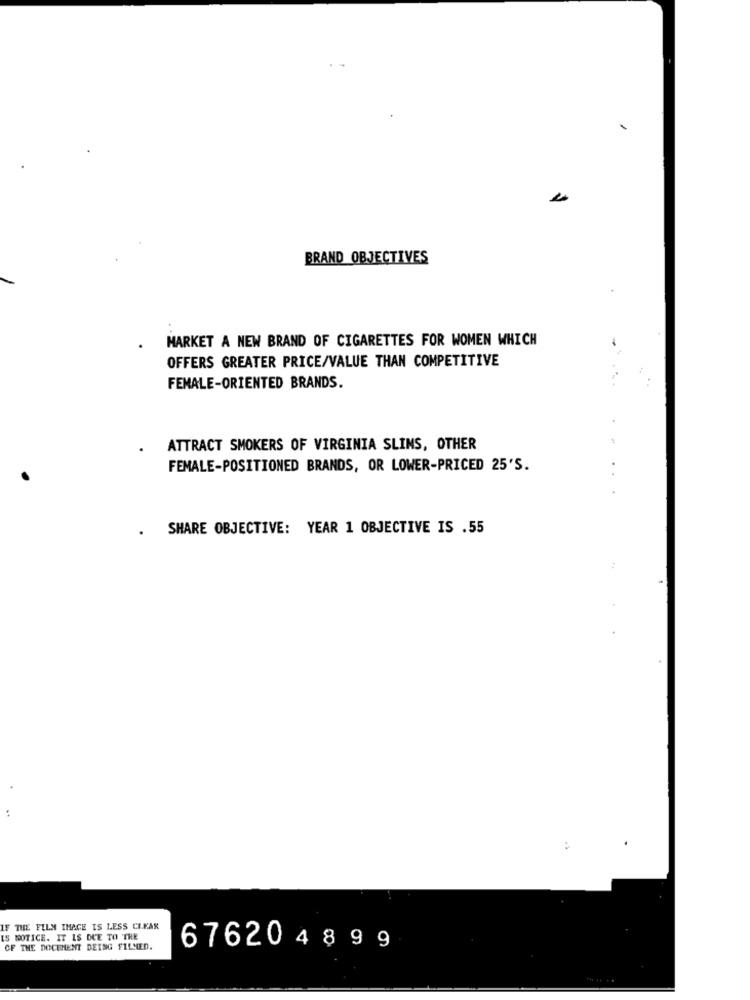
BRAND OBJECTIVES
MARKET A NEW BRAND OF CIGARETTES FOR WOMEN WHICH
OFFERS GREATER PRICE/VALUE THAN COMPETITIVE
FEMALE-ORIENTED BRANDS.
ATTRACT SMOKERS OF VIRGINIA SLIMS, OTHER
FEMALE-POSITIONED BRANDS, OR LOWER-PRICED 25'S.
. SHARE OBJECTIVE: YEAR 1 OBJECTIVE IS .55
:
THE FILM IMAGE IS LESS CLEAR
IS NOTICE. IT IS DUE TO THE
OF THE DOCUMENT BEING FILMED.
67620 4899